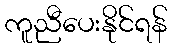
ကူညီပေးနိုင်ရန်